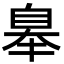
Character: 𦤑